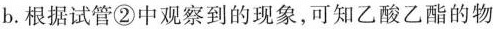
b.根据试管②中观察到的现象，可知乙酸乙酯的物